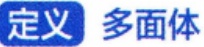
定义 多面体